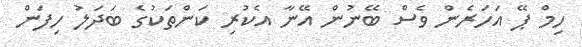
ހިމް ޕޭ އަހަރެން ވެސް ބޭނުން އޭނާ އެކުރި ކަންތަކުގެ ބަދަލު ހިފަން